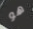
هو